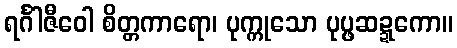
ရင်္ဂါဇီဝေါ စိတ္တကာရော၊ ပုက္ကုသော ပုပ္ဖဆဍ္ဍကော။